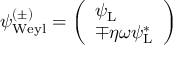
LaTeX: \psi _ { \mathrm { { W e y l } } } ^ { ( \pm ) } = { \left( \begin{array} { l } { \psi _ { \mathrm { { L } } } } \\ { \mp \eta \omega \psi _ { \mathrm { { L } } } ^ { * } } \end{array} \right) }